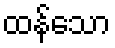
ထန်သော